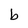
Character: b